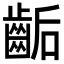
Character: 𪘇